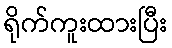
ရိုက်ကူးထားပြီး